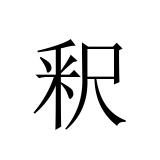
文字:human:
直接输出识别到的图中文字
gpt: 釈